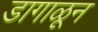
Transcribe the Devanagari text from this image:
डागाळून